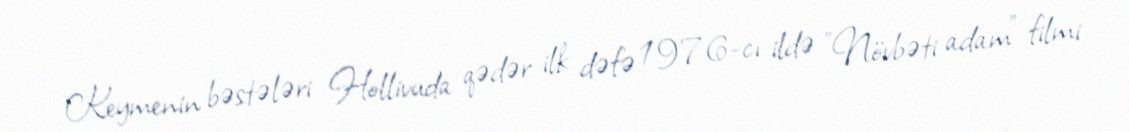
Keymenin bəstələri Hollivuda qədər ilk dəfə 1976-cı ildə "Növbəti adam" filmi